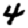
Digit: 4